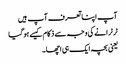
آپ اپنا تعرف آپ ہیں
ٹرٹرانے کی وجہ سے ذکام کیسے ہو گیا
یعنی بچہ ایک ہی اچھا۔